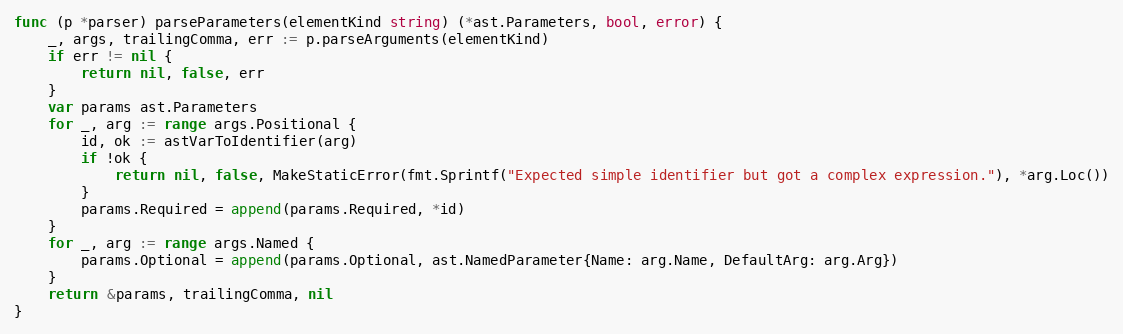
Language: Go
func (p *parser) parseParameters(elementKind string) (*ast.Parameters, bool, error) {
	_, args, trailingComma, err := p.parseArguments(elementKind)
	if err != nil {
		return nil, false, err
	}
	var params ast.Parameters
	for _, arg := range args.Positional {
		id, ok := astVarToIdentifier(arg)
		if !ok {
			return nil, false, MakeStaticError(fmt.Sprintf("Expected simple identifier but got a complex expression."), *arg.Loc())
		}
		params.Required = append(params.Required, *id)
	}
	for _, arg := range args.Named {
		params.Optional = append(params.Optional, ast.NamedParameter{Name: arg.Name, DefaultArg: arg.Arg})
	}
	return &params, trailingComma, nil
}